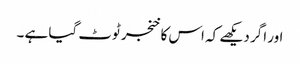
اور اگر دیکھے کہ اس کا خنجر ٹوٹ گیا ہے ۔